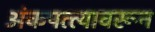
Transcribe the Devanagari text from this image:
अंकपत्त्यावरून